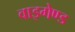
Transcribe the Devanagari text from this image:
वाइगेण्ड